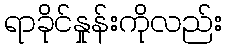
ရာခိုင်နှုန်းကိုလည်း